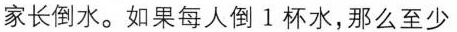
家长倒水。如果每人倒1杯水，那么至少